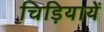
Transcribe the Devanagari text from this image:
चिड़ियायें